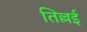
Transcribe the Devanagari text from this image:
तिल्लई